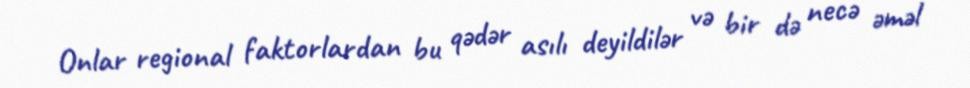
Onlar regional faktorlardan bu qədər asılı deyildilər və bir də necə əməl